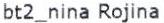
BT2_NINA ROJINA